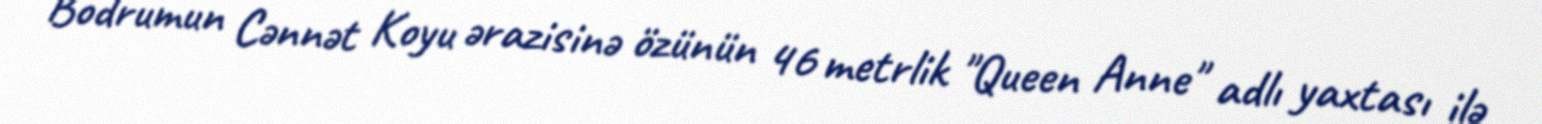
Bodrumun Cənnət Koyu ərazisinə özünün 46 metrlik "Queen Anne" adlı yaxtası ilə